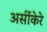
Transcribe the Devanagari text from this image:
अर्सीकेरे